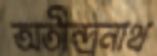
অতীন্দ্রনাথ